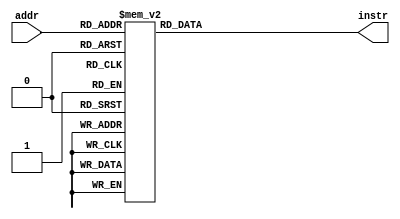
// Thomas' test instructions.
// Current test: data forwarding for alu instructions

/*
# tests alu_dependencies
# by Thomas Yiu

addiu $1, $0, 1
addiu $2, $0, 2
addu $3, $1, $2
sll $12, $3, 2
break 1
subu $9, $12, $3
sra $6, $12, 1
addu $15, $9, $6
addu $30, $15, $15
addu $31, $1, $2
subu $31, $1, $2
slt $4, $31, $0
sltu $5, $31, $0

*/

module rom_test2 (addr, instr);

  input [4:0] addr;
  output [31:0] instr;
  reg [31:0] instr;

  // addresses converted from 32 bit byte-addressable
  // to 23-bit word-addressable
  always @ (addr)
    begin
      case(addr)
	   5'h00: instr <= 32'h24010001;	// addiu $1, $0, 1	  
	   5'h01: instr <= 32'h24020002;
	   5'h02: instr <= 32'h00221821;
	   5'h03: instr <= 32'h00036080;
 	   5'h04: instr <= 32'h01834823;	  
	   5'h05: instr <= 32'h0000004d;   // break 1
	   5'h06: instr <= 32'h000c3043;
	   5'h07: instr <= 32'h01267821;
	   5'h08: instr <= 32'h01eff021;
	   5'h09: instr <= 32'h0022f821;	  
	   5'h0A: instr <= 32'h0022f823;	  
	   5'h0B: instr <= 32'h03e0202a;			
	   5'h0C: instr <= 32'h03e0282b;			
	   5'h0D: instr <= 32'h00000000;			  
	   5'h0E: instr <= 32'h00000000;			   
	   5'h0F: instr <= 32'h00000000;			  
	   5'h10: instr <= 32'h00000000;	   
	   5'h11: instr <= 32'h00000000;			 
	   5'h12: instr <= 32'h00000000;			  
	   5'h13: instr <= 32'h00000000;			   
	   5'h14: instr <= 32'h00000000;			    
	   5'h15: instr <= 32'h00000000;				
	   5'h16: instr <= 32'h00000000;				 
	   5'h17: instr <= 32'h00000000;
	   default: begin
	     instr <= 32'bx; 
          //$display("Invalid ROM address: %h", addr);
	   end
	 endcase
    end
	 
endmodule